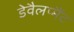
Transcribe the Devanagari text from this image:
डेवैलप्मैंट